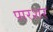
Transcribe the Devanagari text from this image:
पारशर